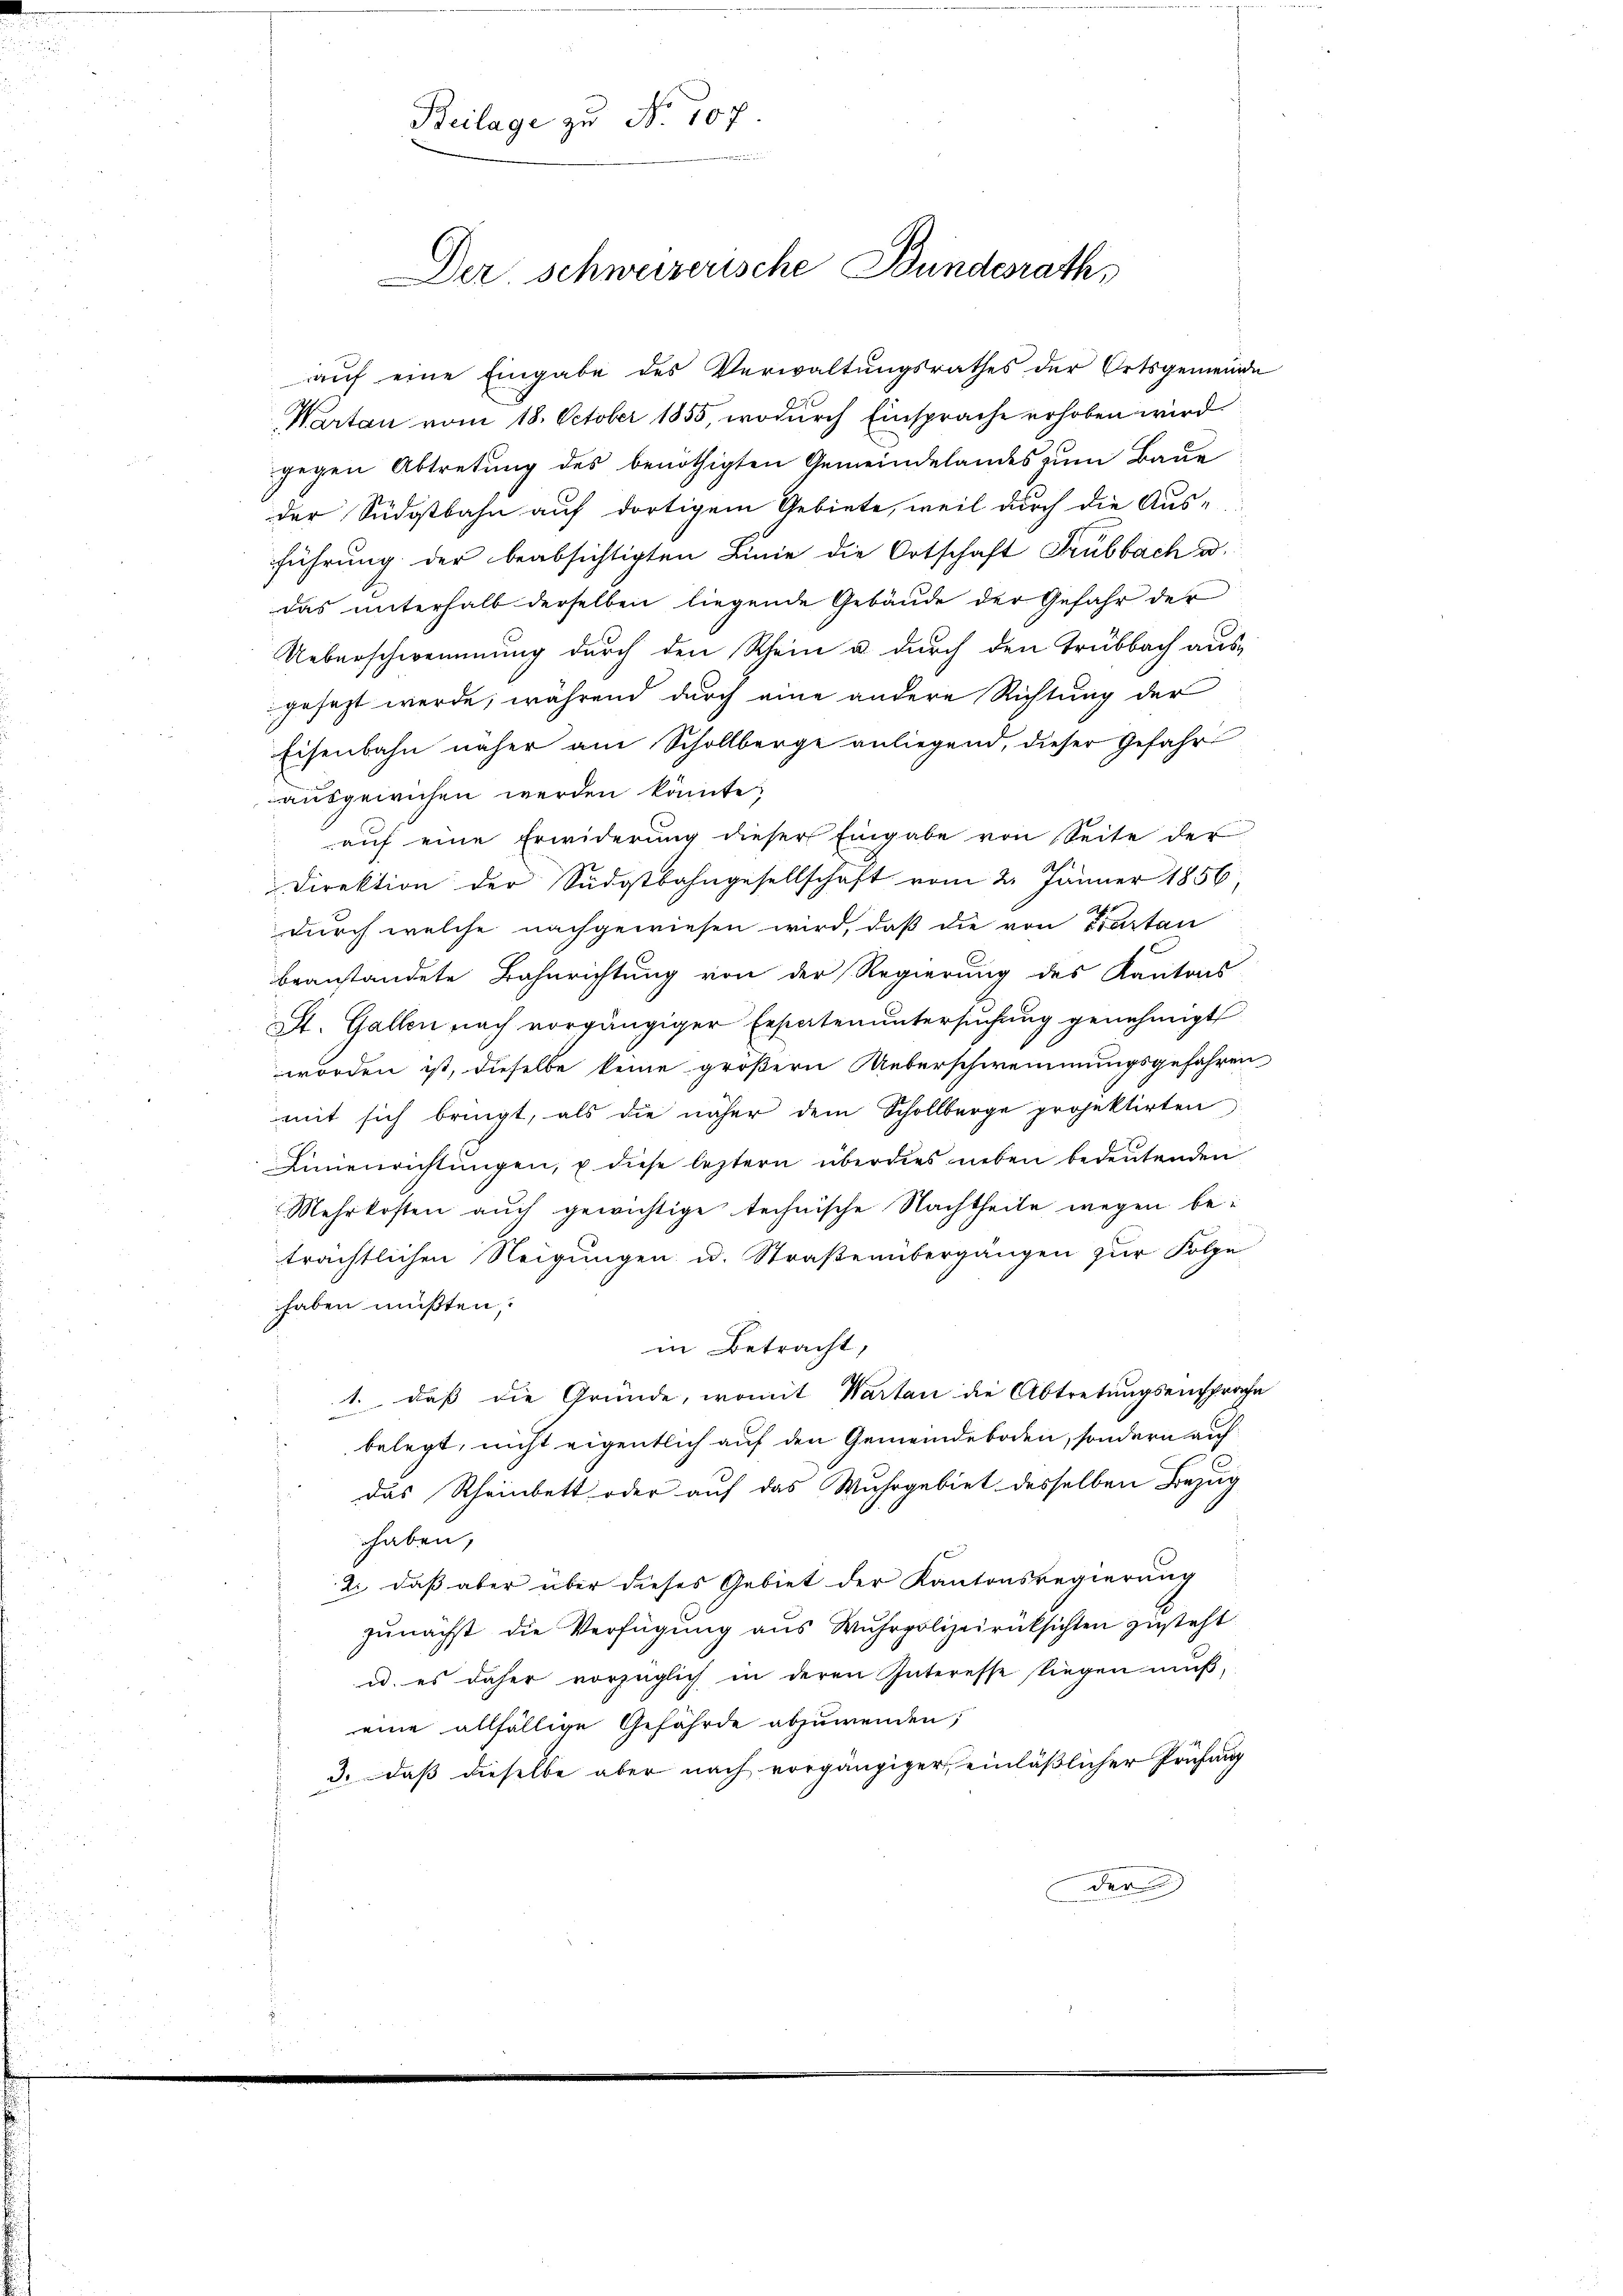
Beilage zu No 107.
Der schweizerische Bundesrath,

auf eine Eingabe des Verwaltungsrathes der Ortsgemeinde
Warten vom 18. October 1855, wodurch Einsprache erhoben wird.
gegen Abtretung des benöthigten Gemeindelandes zum Baue
der Südostbahn auf dortigem Gebiete, weil durch die Aus-
führung der beabsichtigten Linie die Ortschaft Trubbach d.
das unterhalb derselben liegende Gebäude der Gefahr der
Ueberschwemmung durch den Rhein u. durch den Trubbach ausgesezt werde, während durch eine andere Richtung der
Eisenbahn näher am Schollberge anliegend, dieser Gefahr
ausgewichen werden könnte.
auf eine Erwiderung dieser Eingabe von Seite der
Direktion der Südostbahngesellschaft vom 2. Jänner 1856
durch welche nachgewiesen wird, daß die von Partan
beanstandete Bahnrichtung von der Regierung des Kantons
St. Gallen nach vorgängiger Erstaten untersuchung genehmigt
worden ist, dieselbe keine größern Ueberschwemmungsgefahren
mit sich bringt, als die näher dem Schollberge projektirten
Linienrichtungen, u diese leztern überdies neben bedeutenden
Mehrkosten auch gewichtige technische Nachtheile wegen beträchtlichen Neigungen u. Straßenübergangen zur Folge
haben müßten.
in Betracht,
1. daß die Gründe, womit Warten die Abtretungsentsprache
belegt, nicht eigentlich auf den Gemeindeboden, sondern auf
das Rheinbett oder auf das Wuhrgebiet desselben Bezug
haben,
2., daß aber über dieses Gebiet der Kantonsregierung
zunächst die Verfügung ans Wuhrpolizeirücksichten zusteht.
u. es daher vorzüglich in deren Interesse liegen mŭβ,
eine allfällige Gefährde abzuwenden;
3. daß dieselbe aber nach vorgängiger einläßlicher Prüfung
der